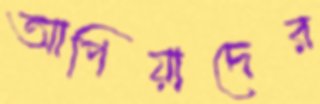
আপিয়াদের